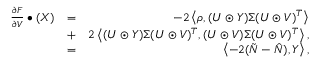
\begin{array} { r l r } { \frac { \partial F } { \partial V } \bullet ( X ) } & { = } & { - 2 \left< \rho , ( U \odot Y ) \Sigma ( U \odot V ) ^ { T } \right> } \\ & { + } & { 2 \left< ( U \odot Y ) \Sigma ( U \odot V ) ^ { T } , ( U \odot V ) \Sigma ( U \odot V ) ^ { T } \right> , } \\ & { = } & { \left< - 2 ( \tilde { N } - \hat { N } ) , Y \right> , } \end{array}